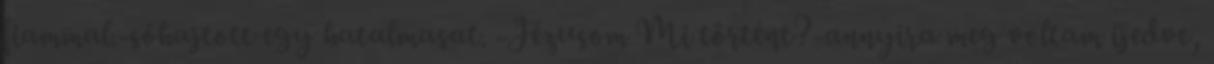
fiammal.-sóhajtott egy hatalmasat. -Jézusom Mi történt?-annyira meg voltam ijedve,